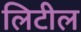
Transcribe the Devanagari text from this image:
लिटील